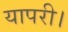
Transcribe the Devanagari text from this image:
यापरी।